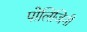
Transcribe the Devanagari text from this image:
पोलिजिनी